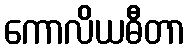
ကောလိယဓီတာ